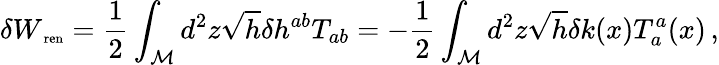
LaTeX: \delta W_{{\mathrm{\scriptsize~{ren}}}}=\frac{1}{2}\int_{\cal M}d^{2}z\sqrt{h}\delta h^{ab}T_{ab}=-\frac{1}{2}\int_{\cal M}d^{2}z\sqrt{h}\delta k(x)T_{a}^{a}(x)\, ,